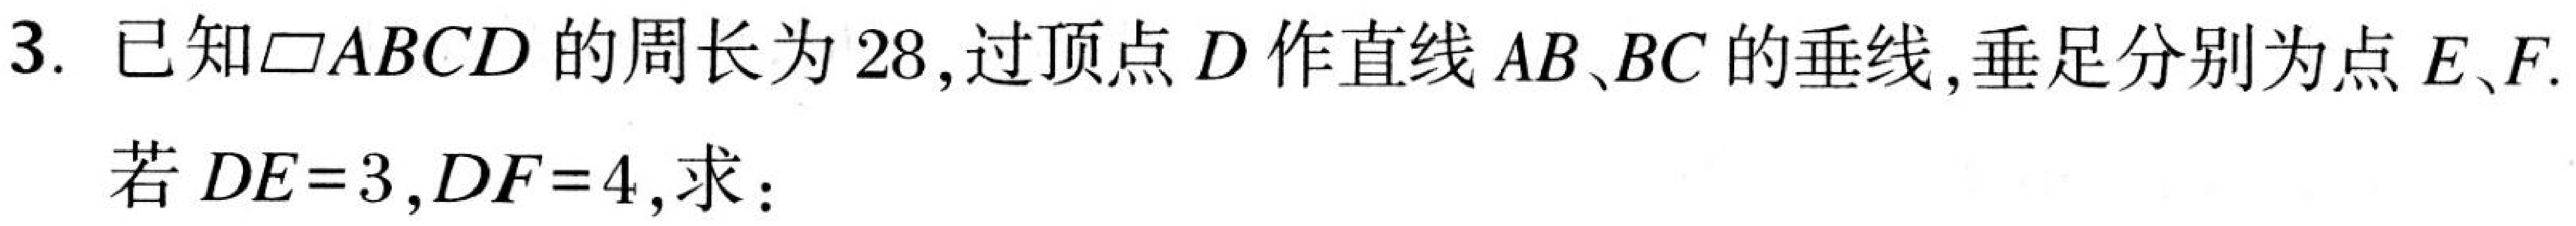
3. 已知$\square ABCD$的周长为$28$,过顶点$D$作直线$AB、BC$的垂线,垂足分别为点$E、F$.
若$DE = 3,DF = 4$,求：